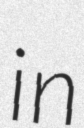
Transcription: in